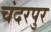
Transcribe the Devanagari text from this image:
चंदरपुर